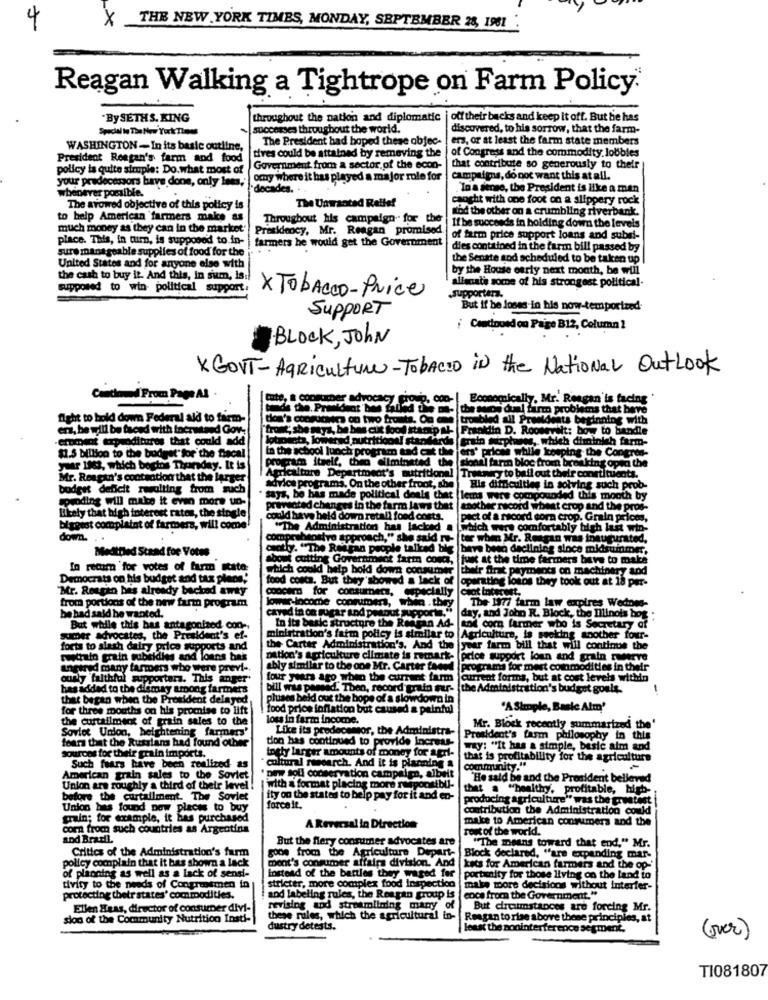
4
X THE NEW YORK TIMES, MONDAY, SEPTEMBER 28, 1981
Reagan Walking a Tightrope on Farm Policy.
"By SETHS. KING
throughout the nation and diplomatic
off their backs and keep it off. But he has
Special lo The New YorkTimes
successes throughout the world.
discovered, to his sorrow, that the farm-
The President had hoped these objec-
ers, or at least the farm state members
WASHINGTON- In its basic outline,
tives could be attained by remeving the | of Congress and the commodity lobbies
President Reagan's farm and food
policy is quite simple: Do.what most of
Government from a sector of the econ-
that contribute so generously to their
your pradoctors have done, only Ines,
omy where it has played a major role for
campaigns, do not want this at all.
whenever possible.
decades.
.To a sense, the President is like a man
caught with one foot on a slippery rock
The avowed objective of this policy is
The Unwanted Relle!
mod the other on a crumbling riverbank.
to help American farmers make as
Throughout his campaign for the
much money as they can in the market
Presidency, Mr. Reagan promised.
If be succeeds in holding down the levels
place. This, in turn, is supposed to.in-
farmers he would get the Government
of farm price support loans and subel-
sure manageable supplies of food for the
dies contained in the farm bill passed by
the Senate and scheduled to be taken up
United States and for anyone else with
by the House early next month, be will
the cash to buy it. And this, In sum, is:
aliscat's some of his strongest political-
supposed to win- political support.
X TobaCCO-Price
-supportera.
SUPPORT
But if he loses-in his now-temporized
¡ Conciousdon Paige B12, Column 1
BLOCK, JOHN
*GOVT - Agriculture-Tobacco in the National Outlook
Cinchomed From Page AS
cate, a consumer advocac
Economically, Mr. Reagan'is facing
Cod the. President be filed de m- the who del firm problems that have
fight to hold down Federal ald to farm-
Clos's consucers on two fruits. On one troubled ail Prendhets beginning with
ers, be will be faced with inerwtned Gov.
[front; she maya, be bas cis food Manip &- Franklin D. Roosevelt: how to handle
-eroment expenditures that could add
train girphanes, which diminish farm-
lotoesta, lowered nutritional standard
$1.5 billion to the budget for the fiscal
In the school lunch program and cut the ers' pricme while keeping the Congres-
your 1963, which begins Thursday. It is
program itself, Cheo eliminated the |sional farm bloc from breaking open the
Mr. Reagan's contaction that the larger
Agriculture Department's nutritional
retnyto bail out their constituents.
budget deficit resulting from such
advice programs. On the other froot, she
His difficulties in solving such prob-
sproding will make it even more un-
says, be has made political deals that |lems were compounded this month by
prevented changes in the farm laws that
another record wheat crop and the pros-
Ehely that high interest rates, the single
could have held down retail food costs.
pact of a record corn crop. Grain prices,
biggest complaint of farmers, will come
"The Administration has lacked
which were comfortably high last win-
down. . .
comprabeostvo approach," she said ry- |tor when Mr. Reagan was inaugurated,
Meatfled Stand foe Votre
cathy. "The Reagan people talked big |bere berà declining since midsummer,
bons cutting Government farm com,
fus at the time farmers beve to make
In recom for votes of farm state:
which could help hold down consumer
their first payments on machinery and
Democrats on his budget and tax plans,'
food costs. But they showed a lack of |operating losos they took out at 18 per-
"Mr. Reagan has already backed away
coocard for consumers, especially
lower-locoche consumers, whin . they
from portions of the new farm program
caved in on sugar and peanut supports."
The 1977 farm law expires Wednes-
be had said he wanted.
day, and John R. Block, the Illinois bog :
But while this has antagonized con-
In its basic structure the Restan Ad-
and corn farmer who is Secretary of
gumer advocates, the President's ef-
ministration's farm policy is similar to Agriculture, is seeking soother four-
forts to alash dairy price supports and
the- Carter Administration's, And the year farm bill that will continue the
restrain grain subsidies and loans bis
nation's agriculture climate is remark- peice support loun and grain ruderve
angered many farmers who were previ-
ably similar to the one Mr. Carter faced
programs for mest commodities in their
ously faithful supporters. This anger'
four years ago when the current farm
current forma, but at cost levels within
has added to the dismay among farmers
bill was passed. Then, record grain our-
the Administration's budget goals.
-
that began when the President delayed
pluses beld out the bope of a slowdown in
for three months on his promise to lift
food price inflation but caused a painful
"ASimple, Basic Atm'
the curtailment of grain sales to the
lous in farmo income.
Soviet Union, beightening farmers'
Like its predecessor, the Administra-
Mr. Block recently summarized the
fears that the Russians had found other
tion has continued to provide Incretr-
President's farm philosophy in this
Ingly larger amounts of money for agri-
Way: "It has a simple, besic aim and
sources for their grain imports.
that is profitability for the agriculture
Such fears have been realized as
cultural research. And it is planning a
community."
American grain sales to the Soviet
' pry soll conservation campaign, albeit
He said be and the President belleved
Union ars roughly a third of their level
with a format placing more responsibil-
that a "healthy, profitable, high-
before the curtailment. The Soviet
ity on the states to belp pay for it and en-
producing agriculture" was the greatest
Union has found new places to buy
forceit.
contribution the Administration could
grain; for example, it has purchased
make to American consumers and the
com from such countries as Argentina
A Reversal in Direction
rest of the world.
and Brasil
But the fiery consumer advocates are
gone from the Agriculture Depart-
"The means toward that end," Mr.
Critics of the Administration's farm
Block declared, "are expanding mar-
policy complain that it has shown a lack
of planning as well as a lack of sensi-
ment's consumer affairs division. And |kets for American farmers and the op-'
instead of the battles they waged for
portunity for those living on the land to
tivity to the needs of Congressmen in
stricter, more complex food Inspection
make more decisions without interfer-
protecting their states' commodities.
and labeling rules, the Reagan group is
ence from the Government."
Ellen Haas, director of consumer divi-
revising and streamlining many
But circumstances are forcing Mr.
sion of the Community Nutrition Insti-
these rules, which the agricultural in
Reagan to rise above these principles, at
dustry detests.
least the soninterference segment.
(ver)
TI081807